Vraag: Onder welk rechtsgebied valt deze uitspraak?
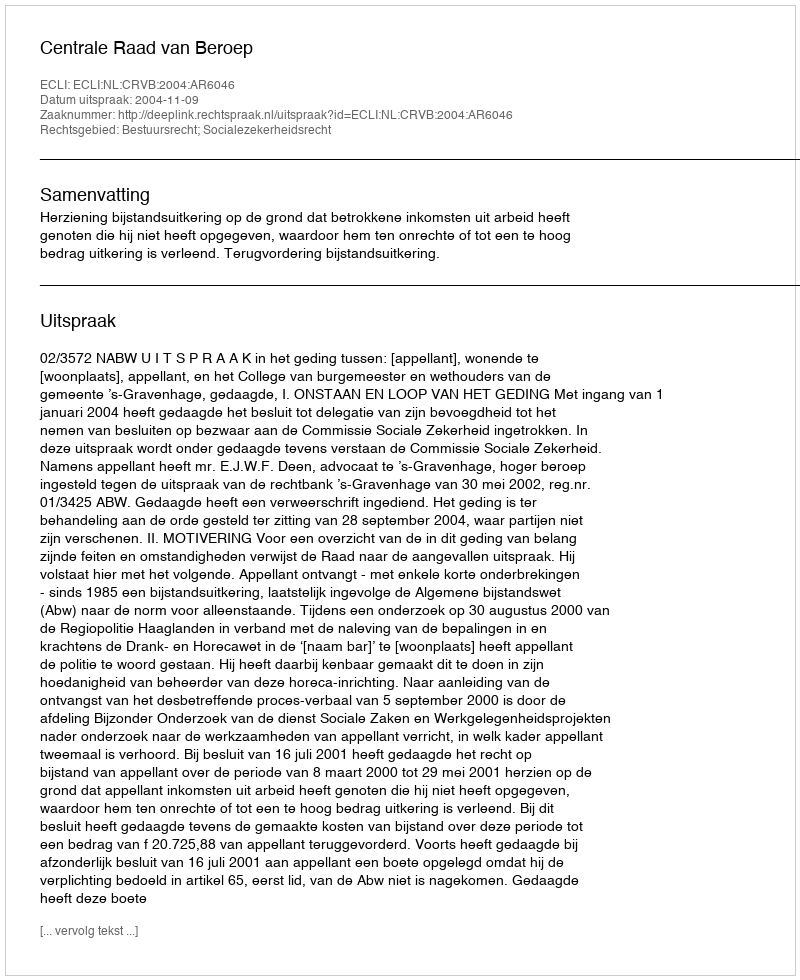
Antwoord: Bestuursrecht; Socialezekerheidsrecht